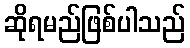
ဆိုရမည်ဖြစ်ပါသည်